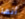
أنها